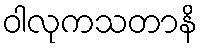
ဝါလုကသတာနိ